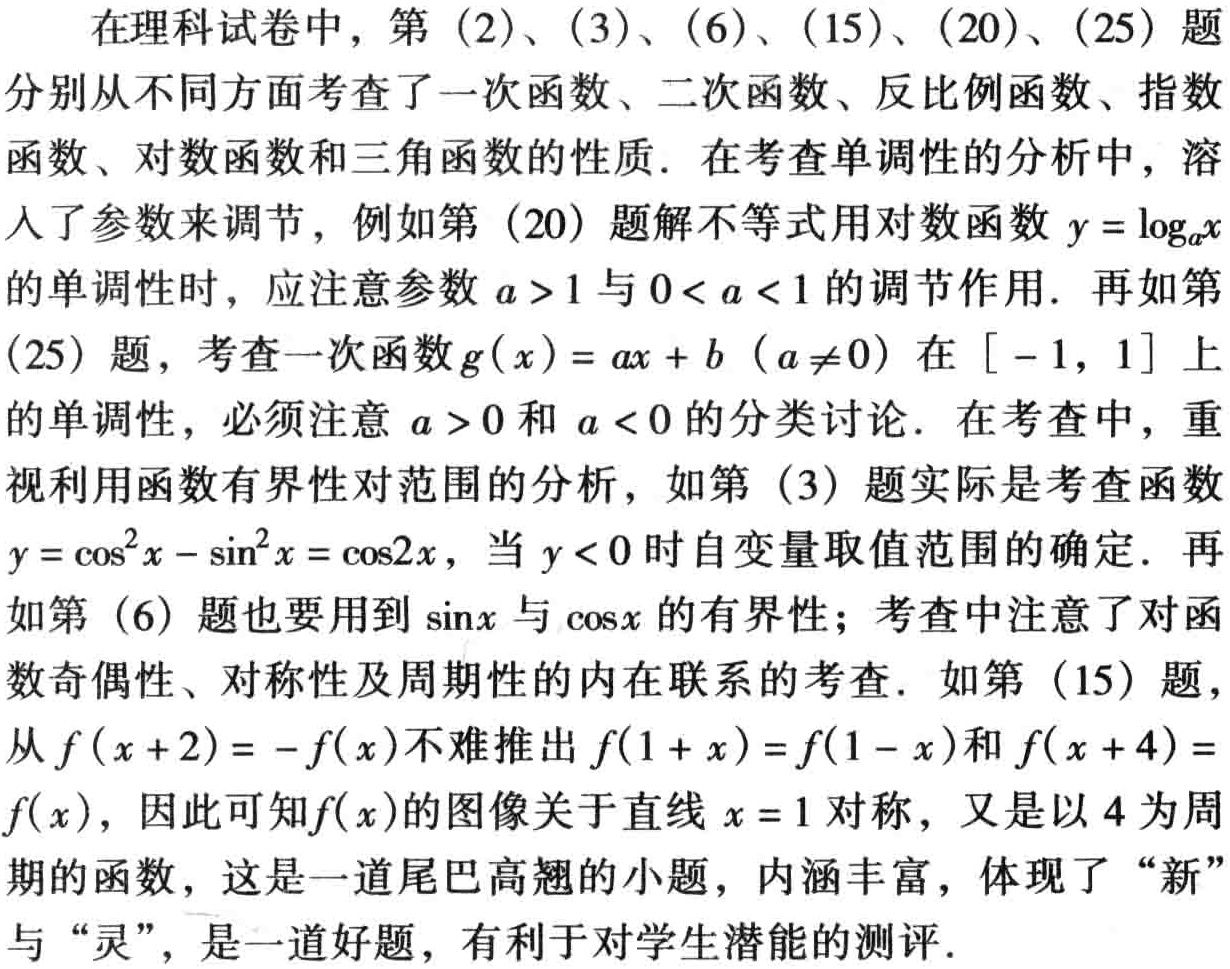
在理科试卷中，第（2）、（3）、（6）、（15）、（20）、（25）题分别从不同方面考查了一次函数、二次函数、反比例函数、指数函数、对数函数和三角函数的性质．在考查单调性的分析中，溶入了参数来调节，例如第（20）题解不等式用对数函数\(y = \log_{a}x\)的单调性时，应注意参数\(a > 1\)与\(0 < a < 1\)的调节作用．再如第（25）题，考查一次函数\(g(x)=ax + b\ (a\neq0)\)在\([ - 1,1]\)上的单调性，必须注意\(a > 0\)和\(a < 0\)的分类讨论．在考查中，重视利用函数有界性对范围的分析，如第（3）题实际是考查函数\(y = \cos^{2}x-\sin^{2}x=\cos2x\)，当\(y < 0\)时自变量取值范围的确定．再如第（6）题也要用到\(\sin x\)与\(\cos x\)的有界性；考查中注意了对函数奇偶性、对称性及周期性的内在联系的考查．如第（15）题，从\(f(x + 2)= - f(x)\)不难推出\(f(1 + x)=f(1 - x)\)和\(f(x + 4)=f(x)\)，因此可知\(f(x)\)的图像关于直线\(x = 1\)对称，又是以\(4\)为周期的函数，这是一道尾巴高翘的小题，内涵丰富，体现了“新”与“灵”，是一道好题，有利于对学生潜能的测评．